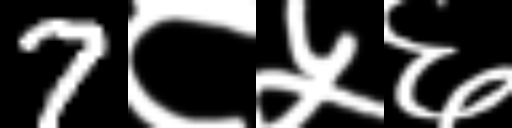
Text: 7८५६